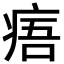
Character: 痦